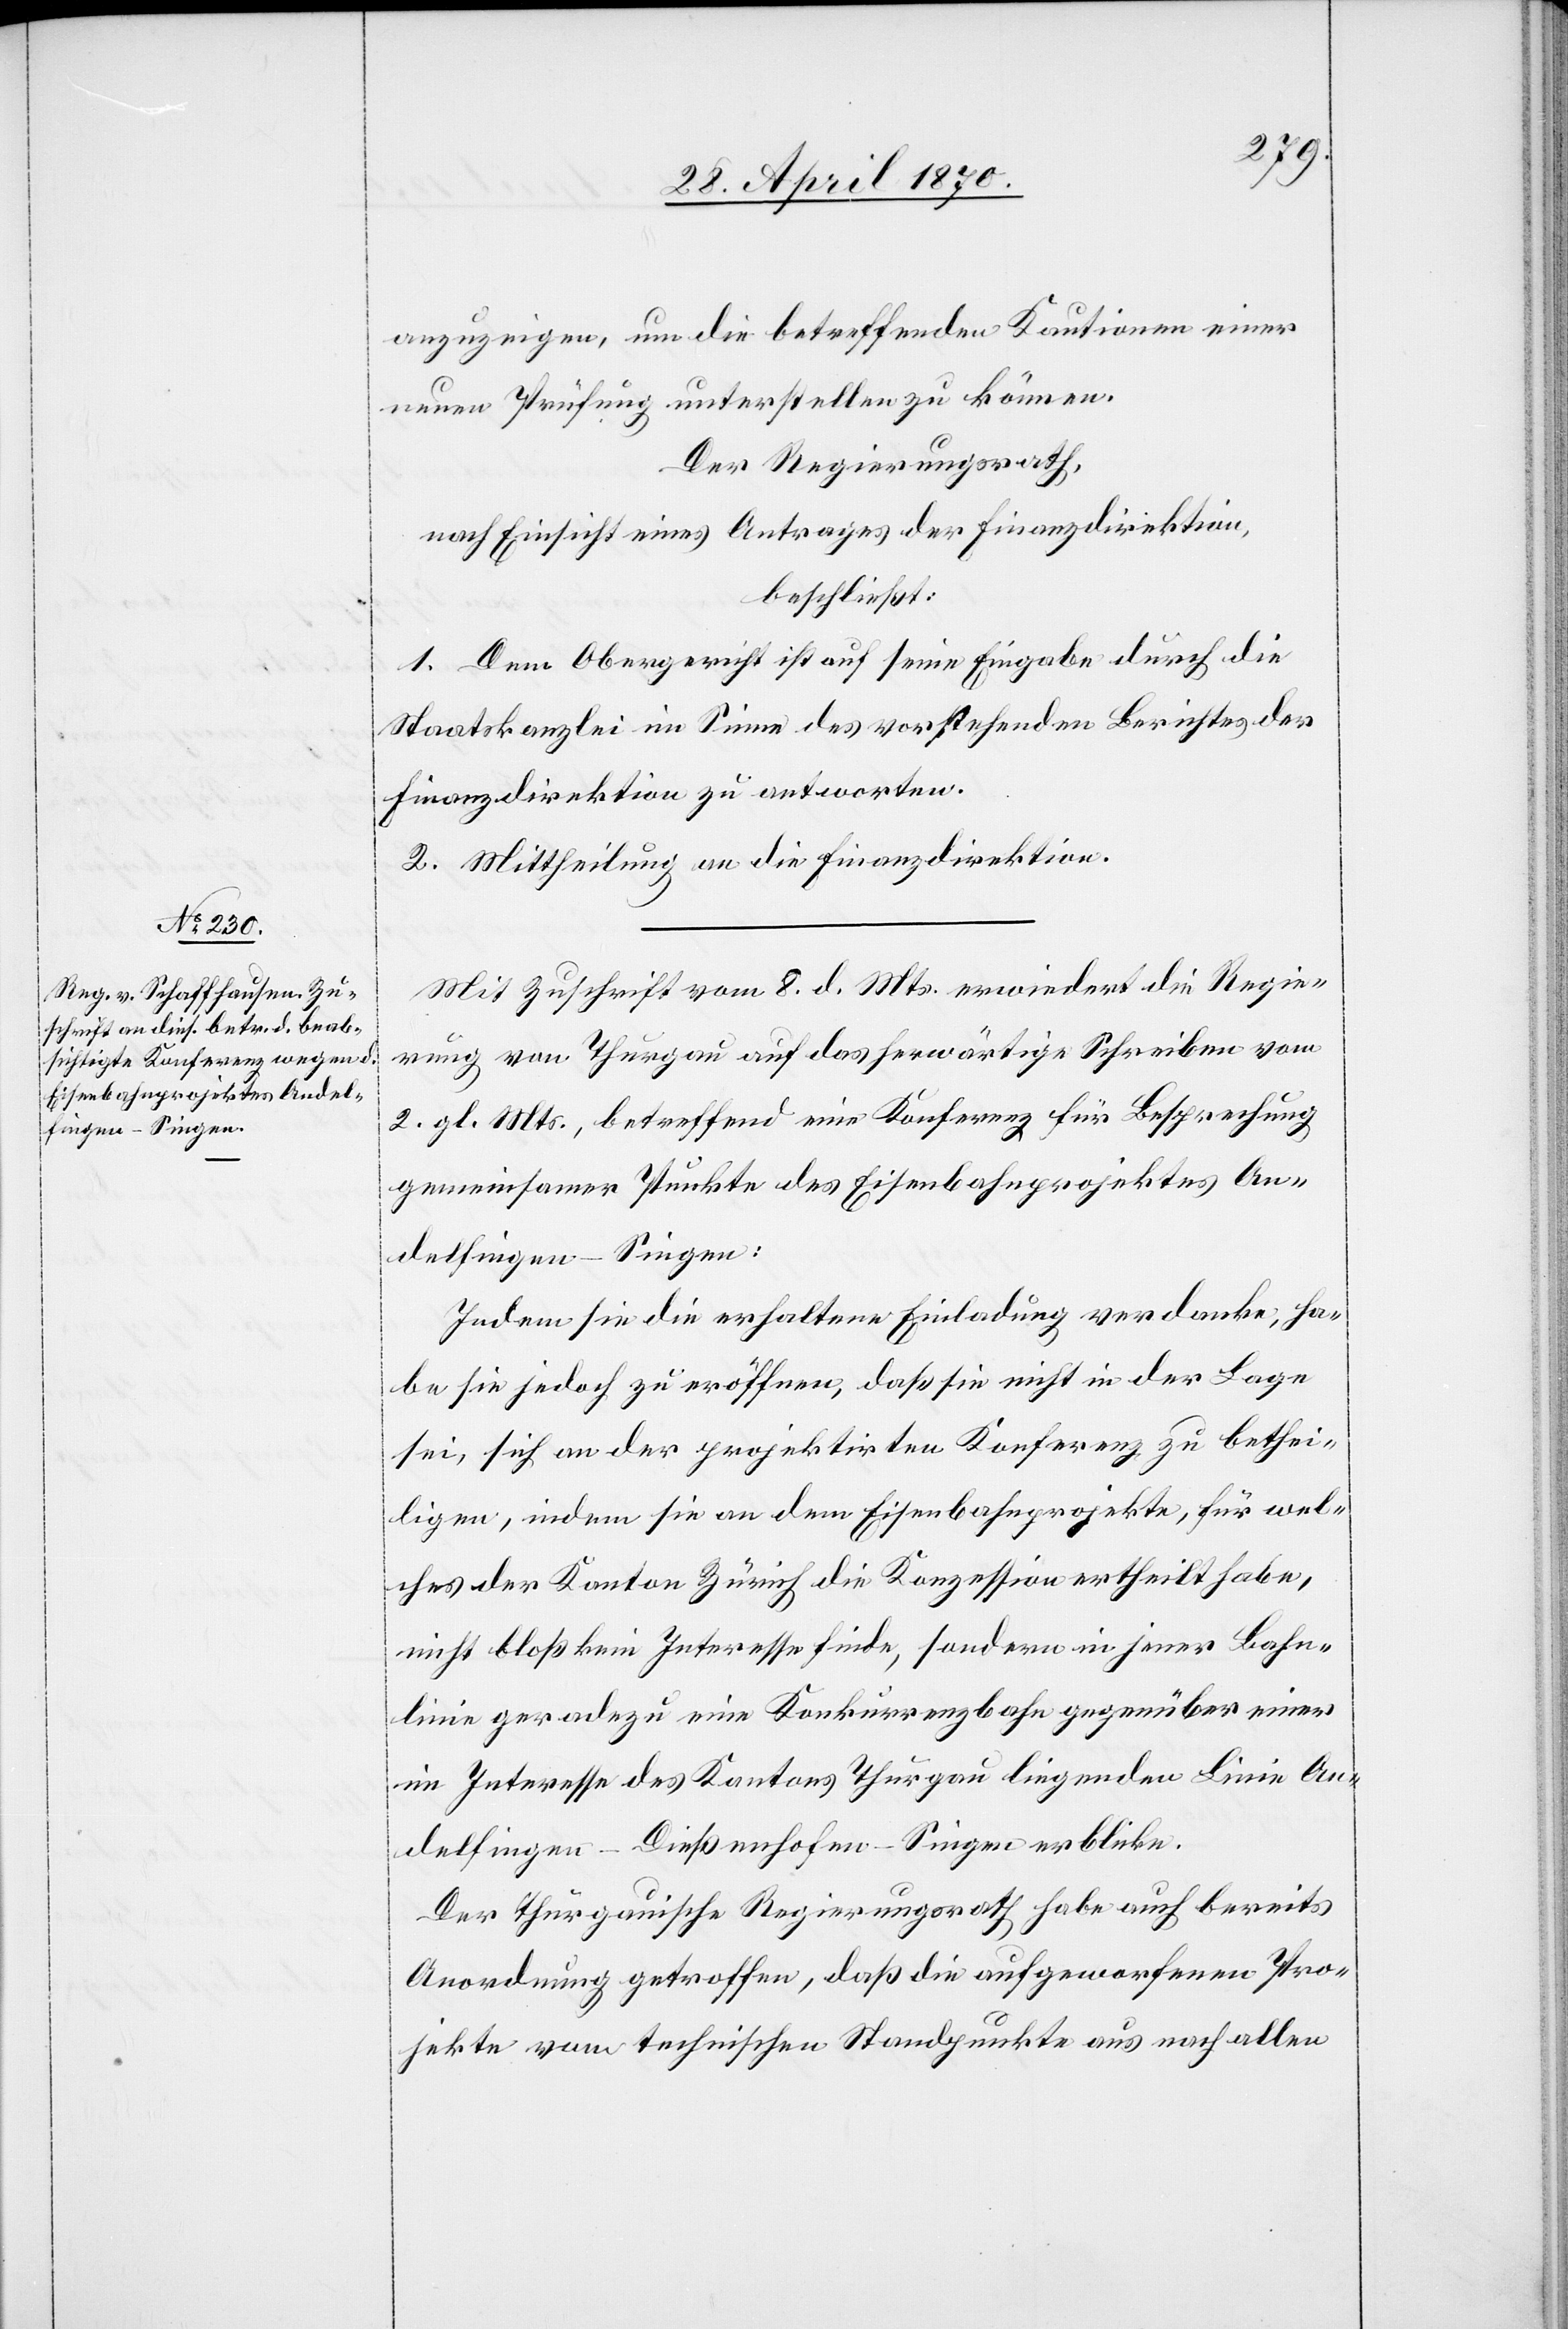
anzuzeigen, um die betreffenden Kautionen einer
neuen Prüfung unterstellen zu können.
Der Regierungsrath,
nach Einsicht eines Antrages der Finanzdirektion,
beschließt:
1. Dem Obergericht ist auf seine Eingabe durch die
Staatskanzlei im Sinne des vorstehenden Berichtes der
Finanzdirektion zu antworten.
2. Mittheilung an die Finanzdirektion.
Mit Zuschrift vom 8. d. Mts. erwiedert die Regie¬
rung von Thurgau auf das herwärtige Schreiben vom
2. gl. Mts., betreffend eine Konferenz für Besprechung
gemeinsamer Punkte des Eisenbahnprojektes An¬
delfingen–Singen:
Indem sie die erhaltene Einladung verdanke, ha¬
be sie jedoch zu eröffnen, daß sie nicht in der Lage
sei, sich an der projektirten Konferenz zu bethei¬
ligen, indem sie an dem Eisenbahnprojekte, für wel¬
ches der Kanton Zürich die Konzession ertheilt habe,
nicht bloß kein Interesse finde, sondern in jener Bahn¬
linie geradezu eine Konkurrenzbahn gegenüber einer
im Interesse des Kantons Thurgau liegenden Linie An¬
delfingen–Dießenhofen–Singen erblicke.
Der thurgauische Regierungsrath habe auch bereits
Anordnung getroffen, daß die aufgeworfenen Pro¬
jekte vom technischen Standpunkte aus nach allen